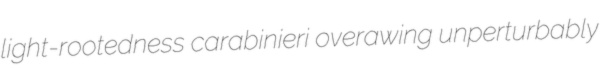
light-rootedness carabinieri overawing unperturbably